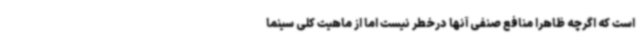
است که اگرچه ظاهرا منافع صنفی آنها درخطر نیست اما از ماهیت کلی سینما